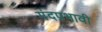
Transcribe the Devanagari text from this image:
मंदप्रभावी